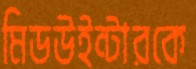
মিডউইন্টারকে